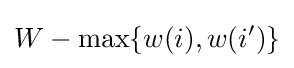
W-\max\{w(i),w(i')\}